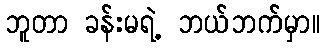
ဘူတာ ခန်းမရဲ့ ဘယ်ဘက်မှာ။